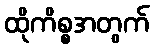
ထိုကိစ္စအတွက်